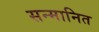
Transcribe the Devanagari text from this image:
सन्‍मानित